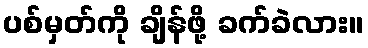
ပစ်မှတ်ကို ချိန်ဖို့ ခက်ခဲလား။